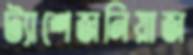
ট্যাশেজনিয়াজ